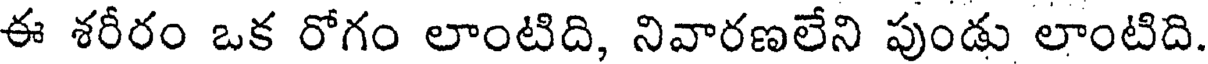
ఈ శరీరం ఒక రోగం లాంటిది, నివారణలేని పుండు లాంటిది.